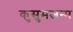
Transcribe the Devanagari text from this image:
कुसुमजन्म